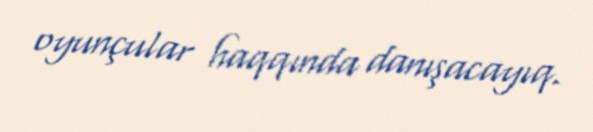
oyunçular haqqında danışacayıq.